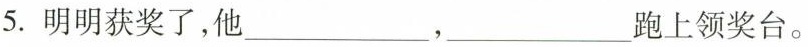
5.明明获奖了，他___，___跑上领奖台。